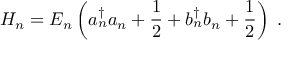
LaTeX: H _ { n } = E _ { n } \left( a _ { n } ^ { \dagger } a _ { n } + \frac { 1 } { 2 } + b _ { n } ^ { \dagger } b _ { n } + \frac { 1 } { 2 } \right) \; .